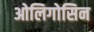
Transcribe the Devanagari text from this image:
ओलिगोसिन